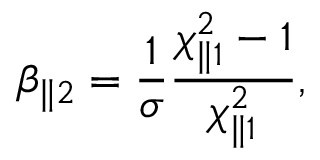
\beta _ { \parallel 2 } = \frac { 1 } { \sigma } \frac { \chi _ { \parallel 1 } ^ { 2 } - 1 } { \chi _ { \parallel 1 } ^ { 2 } } ,